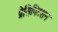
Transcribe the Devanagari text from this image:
प्रेसिपिटशन